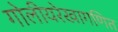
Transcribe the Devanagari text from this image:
गोलीयरेखागणित